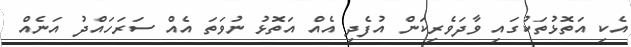
އެކި އަތޮޅުތަކުގައި ވާދަވެރިކަން އުފެދި އެއް އަތޮޅު ނުވަތަ އެއް ސަރަހައްދު އަނެއް